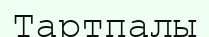
Тартпалы